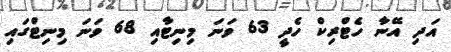
އަދި އޭނާ ހެޓްރިކް ހެދީ 63 ވަނަ މިނިޓާއި 68 ވަނަ މިނިޓްގައި